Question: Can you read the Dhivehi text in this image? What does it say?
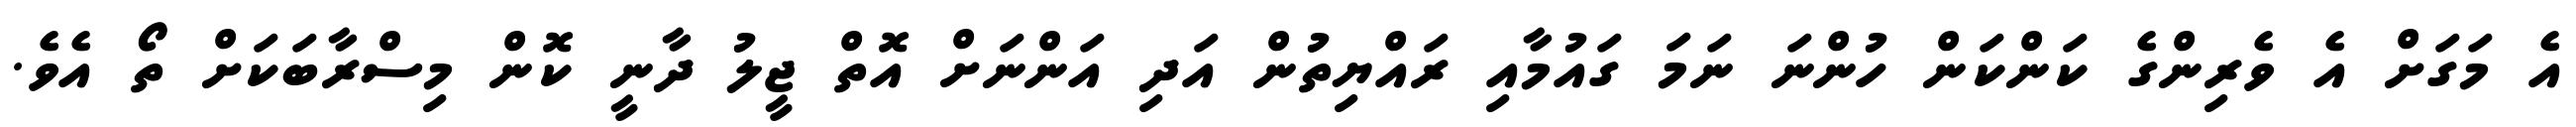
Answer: އެ މަގަށް އެ ވެރިންގެ ކަންކަން ހުންނަ ނަމަ ގައުމާއި ރައްޔިތުން އަދި އަންނަށް އޮތް ޖީލު ދާނީ ކޮން މިސްރާބަކަށް ތޯ އެވެ.